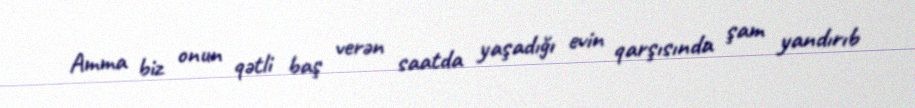
Amma biz onun qətli baş verən saatda yaşadığı evin qarşısında şam yandırıb